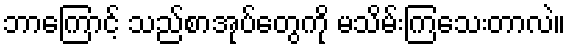
ဘာကြောင့် သည်စာအုပ်တွေကို မသိမ်းကြသေးတာလဲ။